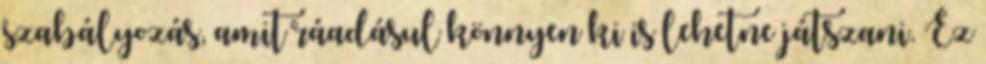
szabályozás, amit ráadásul könnyen ki is lehetne játszani. Ez